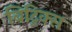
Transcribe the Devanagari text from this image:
बिट्रिक्स